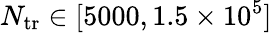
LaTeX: N_{{\mathrm{tr}}}\in[5000,1.5\times 10^{5}]